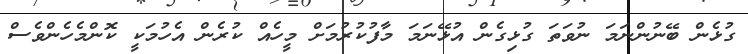
ގުޅެން ބޭނުންނަމަ ނުވަތަ ގުޅިގެން އުޅޭނަމަ މާފުކުރުމަށް މީހެއް ކުރެން އެހުމަކީ ކޮންމެހެންވެސް